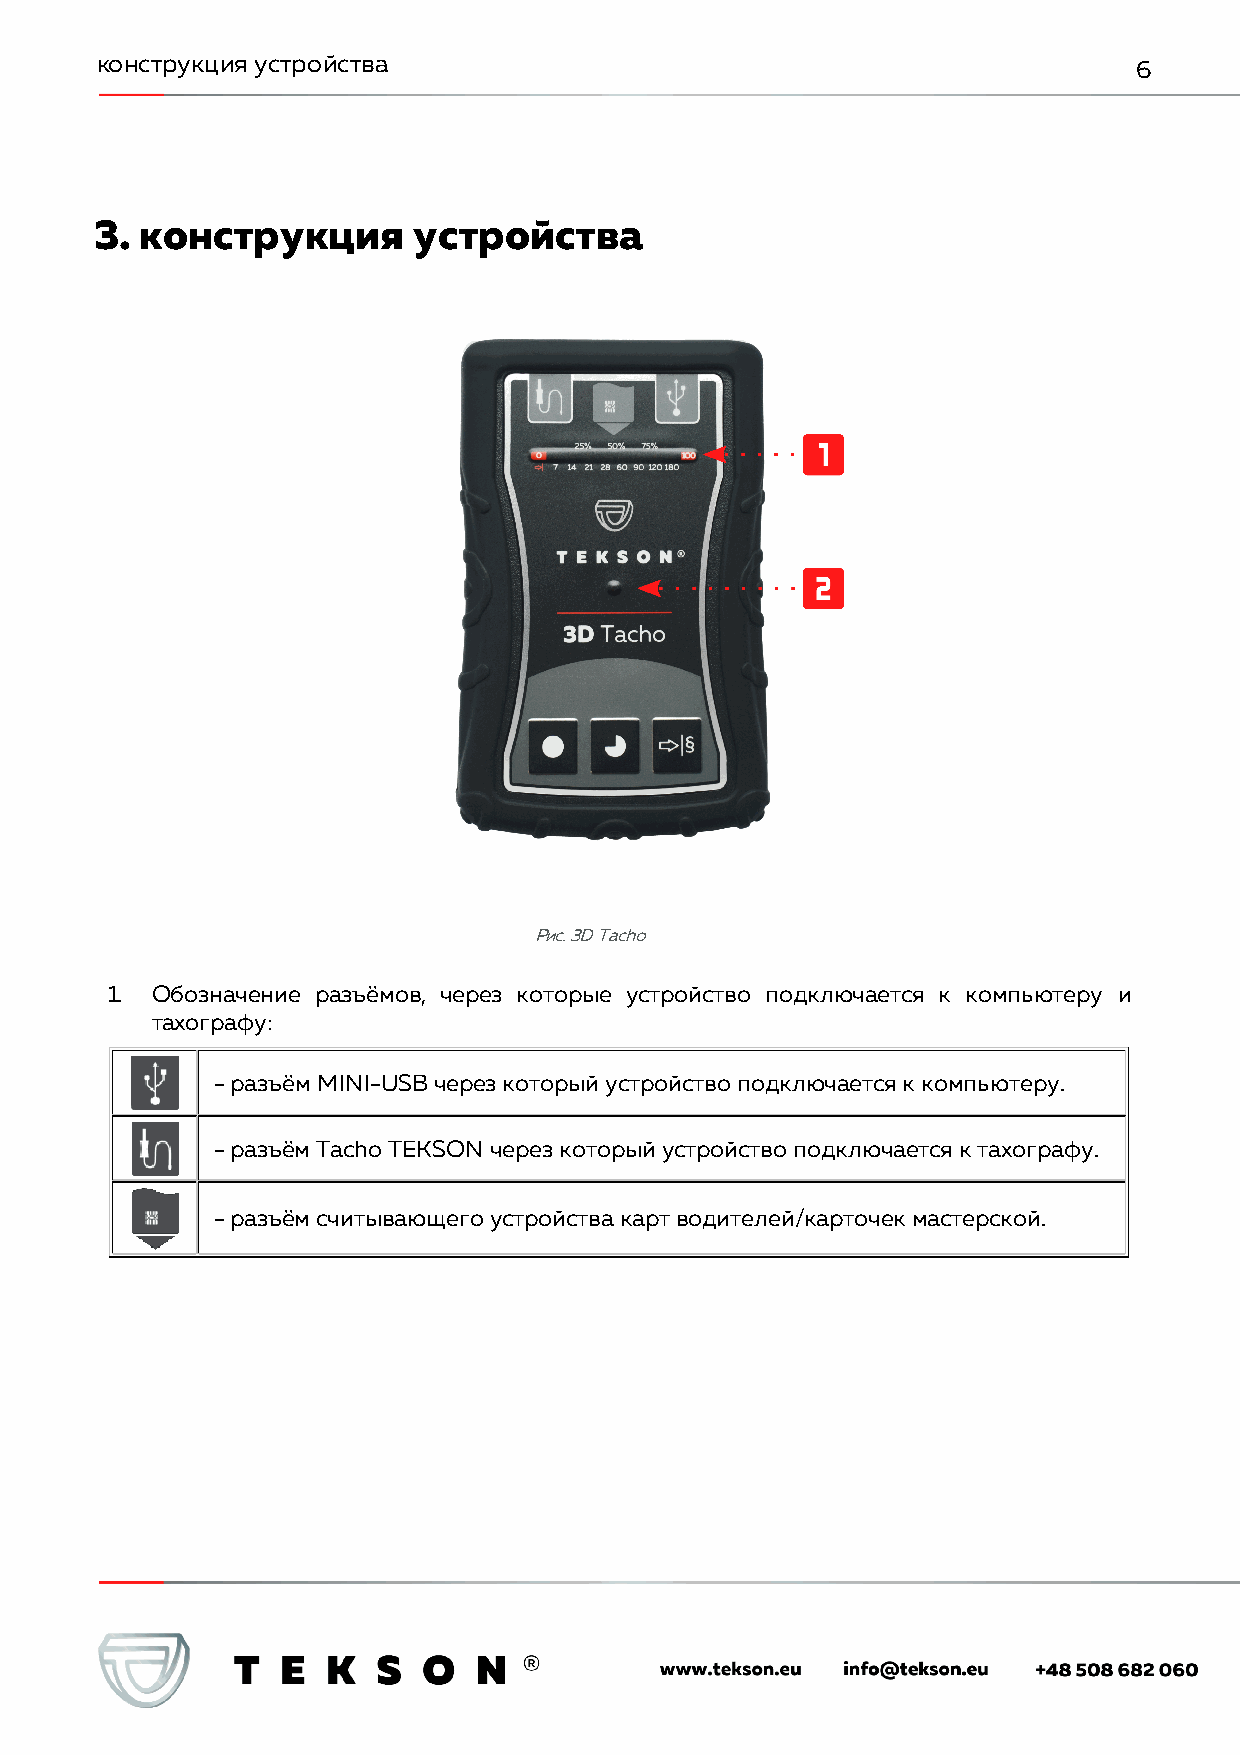
конструкция устройства                                               6
 3. конструкция       устройства
 Рис. 3D Tacho
 1. Обозначение разъёмов, через которые устройство подключается к компьютеру и
 тахографу:
 - разъём MINI-USB через который устройство подключается к компьютеру.
 - разъём Tacho TEKSON через который устройство подключается к тахографу.
 - разъём считывающего устройства карт водителей/карточек мастерской.